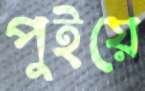
পুইয়ে